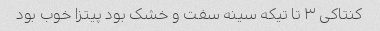
کنتاکی ٣ تا تیکه سینه سفت و خشک بود پیتزا خوب بود